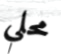
محلي